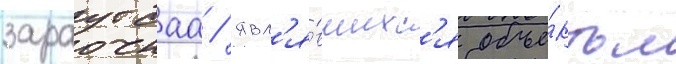
зараутсаа / явл'я́вшихс'я объе́ктом